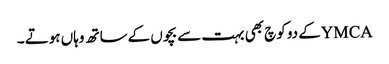
YMCAکے دو کوچ بھی بہت سے بچوں کےساتھ وہاں ہوتے ۔